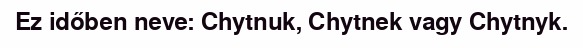
Ez időben neve: Chytnuk, Chytnek vagy Chytnyk.